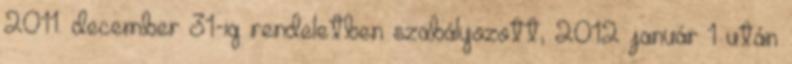
2011. december 31-ig rendeletben szabályozott, 2012 január 1 után